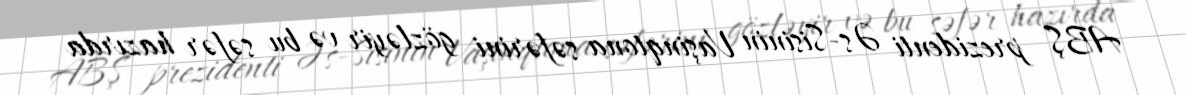
ABŞ prezidenti Əs-Sisinin Vaşinqtona səfərini gözləyir və bu səfər hazırda